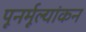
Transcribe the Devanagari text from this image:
पूनर्मूल्यांकन